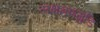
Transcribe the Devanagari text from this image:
लक्षमणगुडि